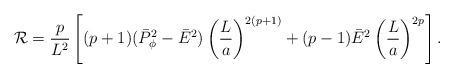
LaTeX: \begin{align*}{\cal R}={p\over L^2}\left[(p+1)(\bar{P}^2_{\phi}-\bar{E}^2)\left({L\over a}\right)^{2(p+1)}+(p-1)\bar{E}^2\left({L\over a}\right)^{2p}\right].\end{align*}